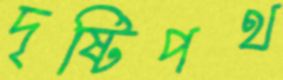
দৃষ্টিপথ